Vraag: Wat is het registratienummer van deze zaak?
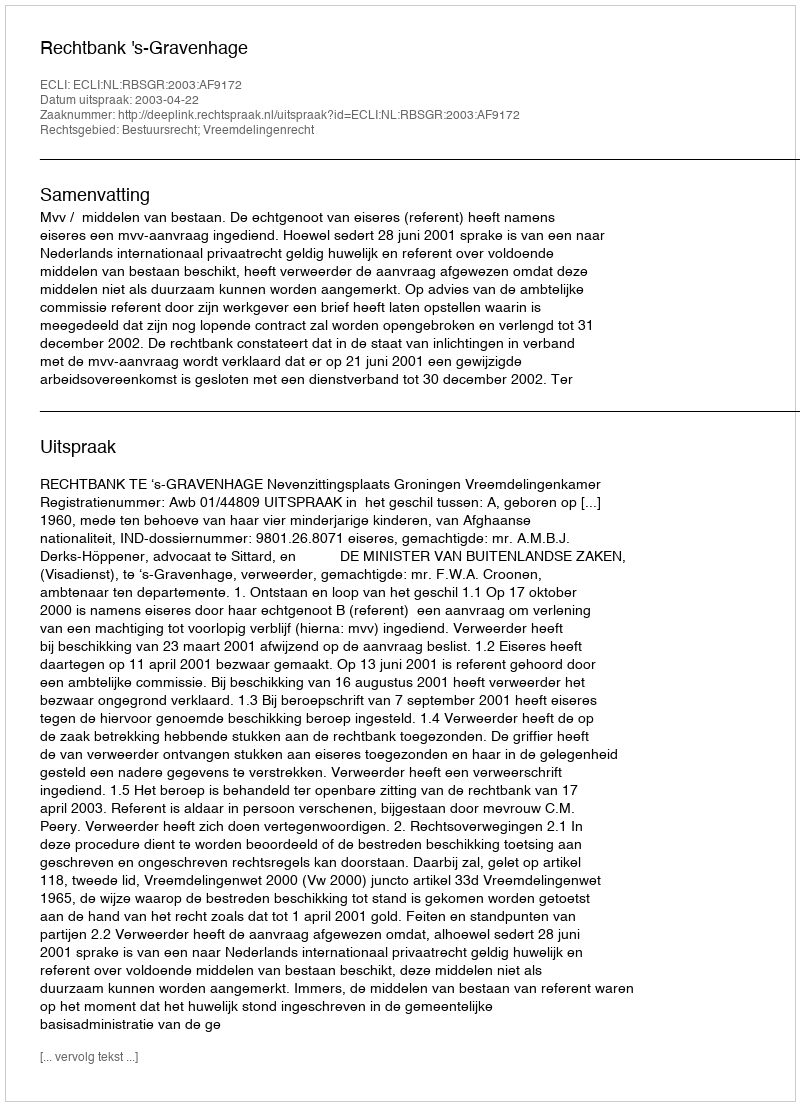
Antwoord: http://deeplink.rechtspraak.nl/uitspraak?id=ECLI:NL:RBSGR:2003:AF9172